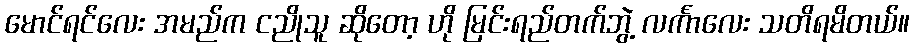
မောင်ရင်လေး အမည်က ငညိုသူ ဆိုတော့ ဟို မြင်းရည်တက်ဘွဲ့ လင်္ကာလေး သတိရမိတယ်။